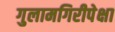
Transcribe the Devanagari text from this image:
गुलामगिरीपेक्षा